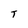
Character: T